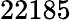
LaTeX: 22185